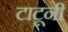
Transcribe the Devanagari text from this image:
टाटूनी